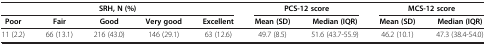
<table><thead><tr><td colspan="5"><b>SRH, N (%)</b></td><td colspan="2"><b>PCS-12 score</b></td><td colspan="2"><b>MCS-12 score</b></td></tr><tr><td><b>Poor</b></td><td><b>Fair</b></td><td><b>Good</b></td><td><b>Very good</b></td><td><b>Excellent</b></td><td><b>Mean (SD)</b></td><td><b>Median (IQR)</b></td><td><b>Mean (SD)</b></td><td><b>Median (IQR)</b></td></tr></thead><tbody><tr><td>11 (2.2)</td><td>66 (13.1)</td><td>216 (43.0)</td><td>146 (29.1)</td><td>63 (12.6)</td><td>49.7 (8.5)</td><td>51.6 (43.7-55.9)</td><td>46.2 (10.1)</td><td>47.3 (38.4-54.0)</td></tr></tbody></table>